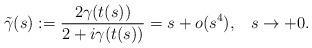
LaTeX: \begin{align*}\tilde\gamma(s):=\frac{2\gamma(t(s))}{2+i\gamma(t(s))}=s+o(s^4),\;\;\;s\to+0. \end{align*}